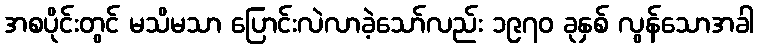
အစပိုင်းတွင် မသိမသာ ပြောင်းလဲလာခဲ့သော်လည်း ၁၉၇၀ ခုနှစ် လွန်သောအခါ